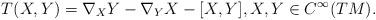
LaTeX: \begin{align*}T(X, Y) = \nabla_X Y - \nabla_Y X - [X, Y], X, Y \in C^\infty(TM). \end{align*}